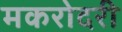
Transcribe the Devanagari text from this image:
मकरोदरी